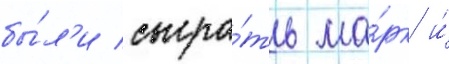
бы́л'и сыгра́ть ма́рк и́